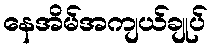
နေအိမ်အကျယ်ချုပ်